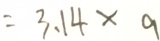
= 3 . 1 4 \times 9